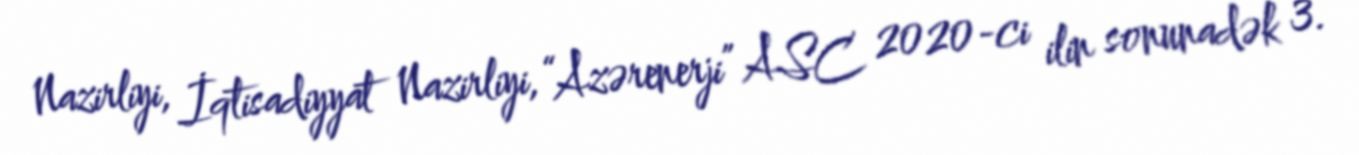
Nazirliyi, İqtisadiyyat Nazirliyi, “Azərenerji” ASC 2020-ci ilin sonunadək 3.